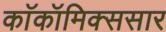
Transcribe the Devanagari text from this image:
काॅकॉमिक्ससार